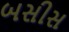
બસીસ